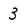
Character: 3